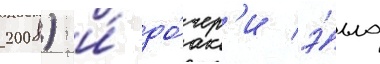
2008) и́ до́чер'и э́лла